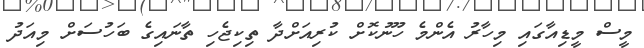
މީސް މީޑިއާގައި މިހާރު އެންމެ ހޫނުކޮށް ކުރިއަށްދާ ތިކިޖެހި ތާނައިގެ ބަހުސަށް މިއަދު